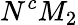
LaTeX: N^{c}M_{2}